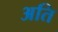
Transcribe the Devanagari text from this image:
अति